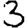
Digit: 3